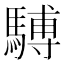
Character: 𫘒